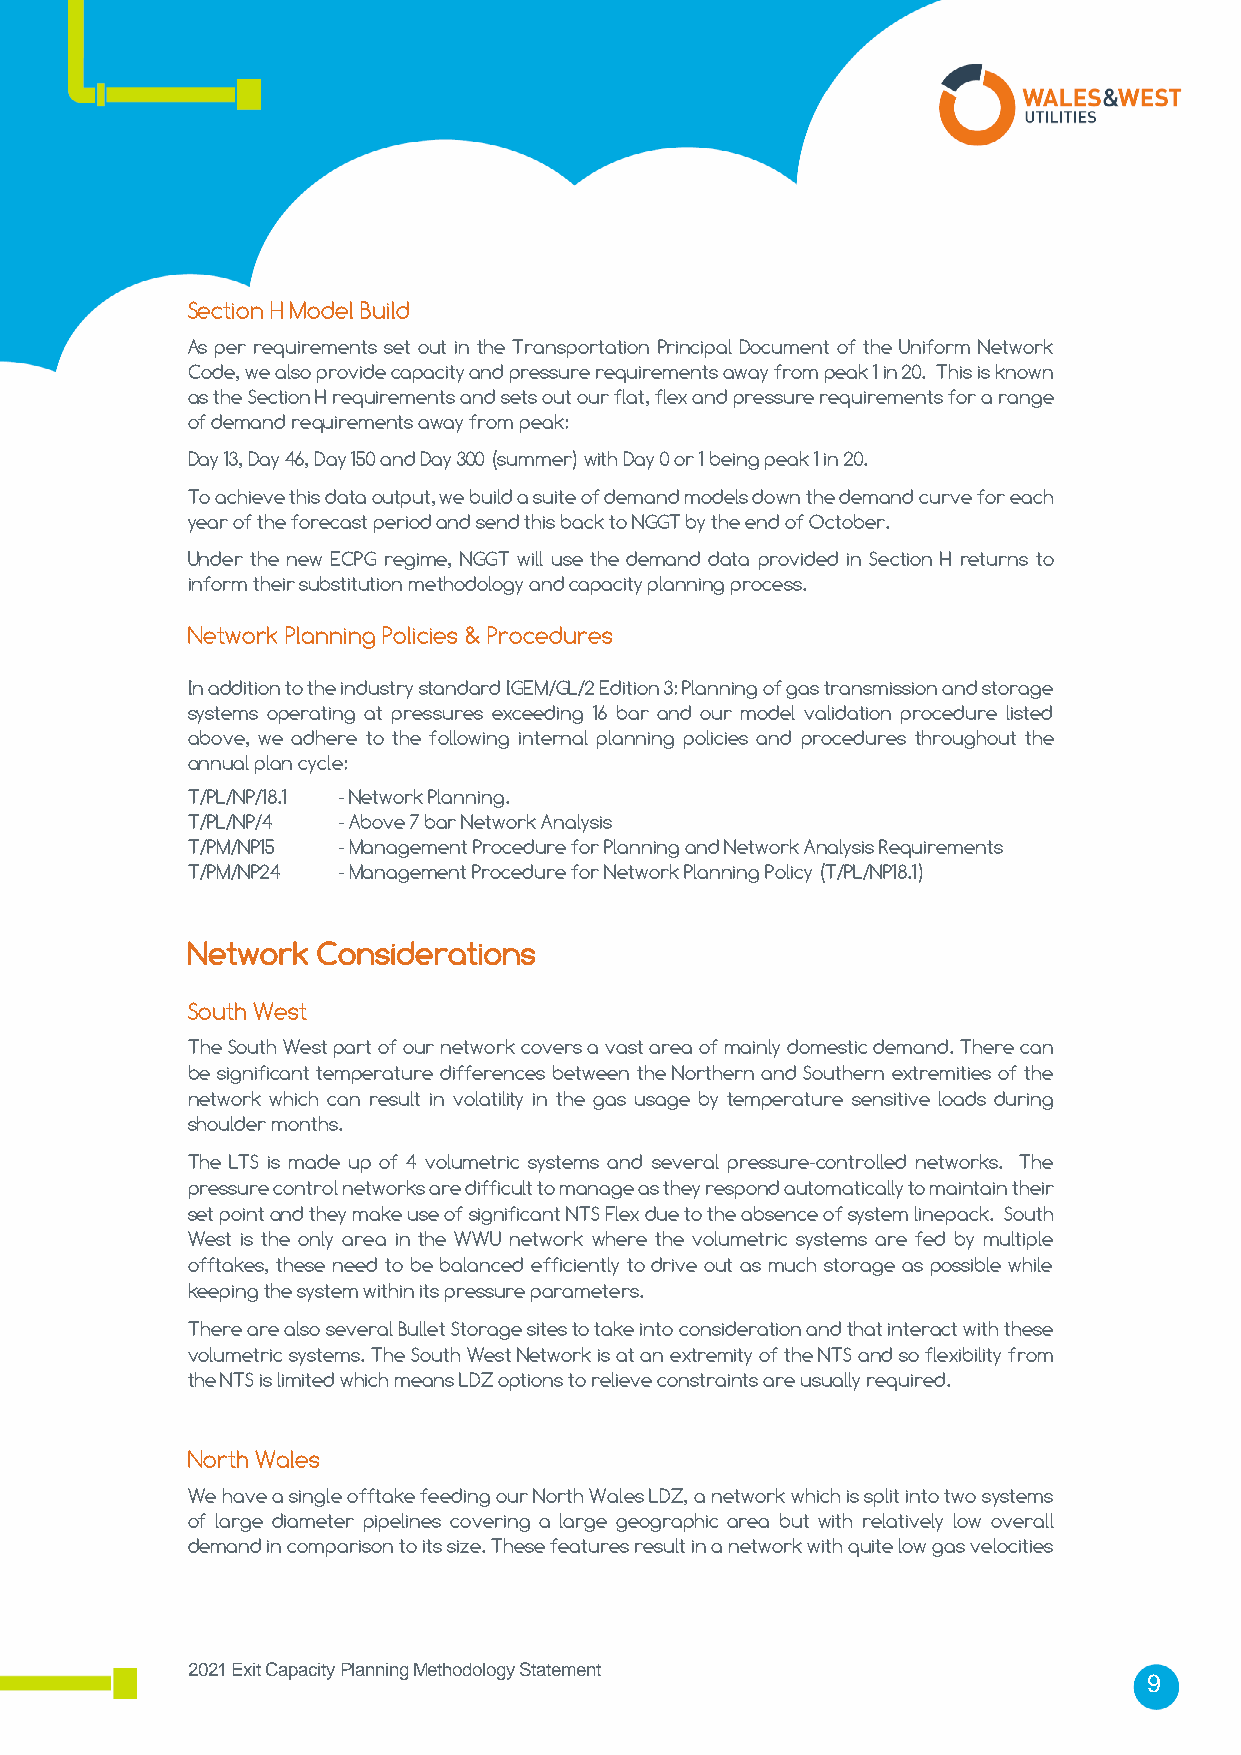
Section H Model Build
 As per requirements set out in the Transportation Principal Document of the Uniform Network
 Code, we also provide capacity and pressure requirements away from peak 1 in 20. This is known
 as the Section H requirements and sets out our flat, flex and pressure requirements for a range
 of demand requirements away from peak:
 Day 13, Day 46, Day 150 and Day 300 (summer) with Day 0 or 1 being peak 1 in 20.
 To achieve this data output, we build a suite of demand models down the demand curve for each
 year of the forecast period and send this back to NGGT by the end of October.
 Under the new ECPG regime, NGGT will use the demand data provided in Section H returns to
 inform their substitution methodology and capacity planning process.
 Network Planning Policies & Procedures
 In addition to the industry standard IGEM/GL/2 Edition 3: Planning of gas transmission and storage
 systems operating at pressures exceeding 16 bar and our model validation procedure listed
 above, we adhere to the following internal planning policies and procedures throughout the
 annual plan cycle:
 T/PL/NP/18.1 - Network Planning.
 T/PL/NP/4 - Above 7 bar Network Analysis
 T/PM/NP15 - Management Procedure for Planning and Network Analysis Requirements
 T/PM/NP24 - Management Procedure for Network Planning Policy (T/PL/NP18.1)
 Network  Considerations
 South West
 The South West part of our network covers a vast area of mainly domestic demand. There can
 be significant temperature differences between the Northern and Southern extremities of the
 network which can result in volatility in the gas usage by temperature sensitive loads during
 shoulder months.
 The LTS is made up of 4 volumetric systems and several pressure-controlled networks. The
 pressure control networks are difficult to manage as they respond automatically to maintain their
 set point and they make use of significant NTS Flex due to the absence of system linepack. South
 West is the only area in the WWU network where the volumetric systems are fed by multiple
 offtakes, these need to be balanced efficiently to drive out as much storage as possible while
 keeping the system within its pressure parameters.
 There are also several Bullet Storage sites to take into consideration and that interact with these
 volumetric systems. The South West Network is at an extremity of the NTS and so flexibility from
 the NTS is limited which means LDZ options to relieve constraints are usually required.
 North Wales
 We have a single offtake feeding our North Wales LDZ, a network which is split into two systems
 of large diameter pipelines covering a large geographic area but with relatively low overall
 demand in comparison to its size. These features result in a network with quite low gas velocities
 2021 Exit Capacity Planning Methodology Statement
 9